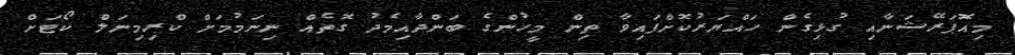
މިއޮޕަރޭޝަނާއި ގުޅިގެން ހައްޔަރުކޮށްފައިވާ ތިން މީހުންގެ ބަންދާއިމެދު ގޮތެއް ނިނަމުމަށް ކްރިމިނަލް ކޯޓަށް